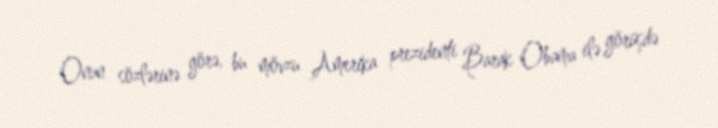
Onun sözlərinə görə, bu mövzu Amerika prezidenti Barak Obama ilə görüşdə